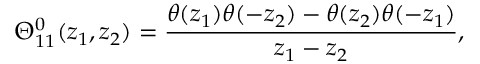
\Theta _ { 1 1 } ^ { 0 } ( z _ { 1 } , z _ { 2 } ) = \frac { \theta ( z _ { 1 } ) \theta ( - z _ { 2 } ) - \theta ( z _ { 2 } ) \theta ( - z _ { 1 } ) } { z _ { 1 } - z _ { 2 } } ,